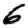
Digit: 6